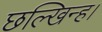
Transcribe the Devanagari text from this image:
छल्खिन्ह।